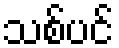
သစ်ပင်